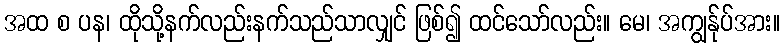
အထ စ ပန၊ ထိုသို့နက်လည်းနက်သည်သာလျှင် ဖြစ်၍ ထင်သော်လည်း။ မေ၊ အကျွန်ုပ်အား။